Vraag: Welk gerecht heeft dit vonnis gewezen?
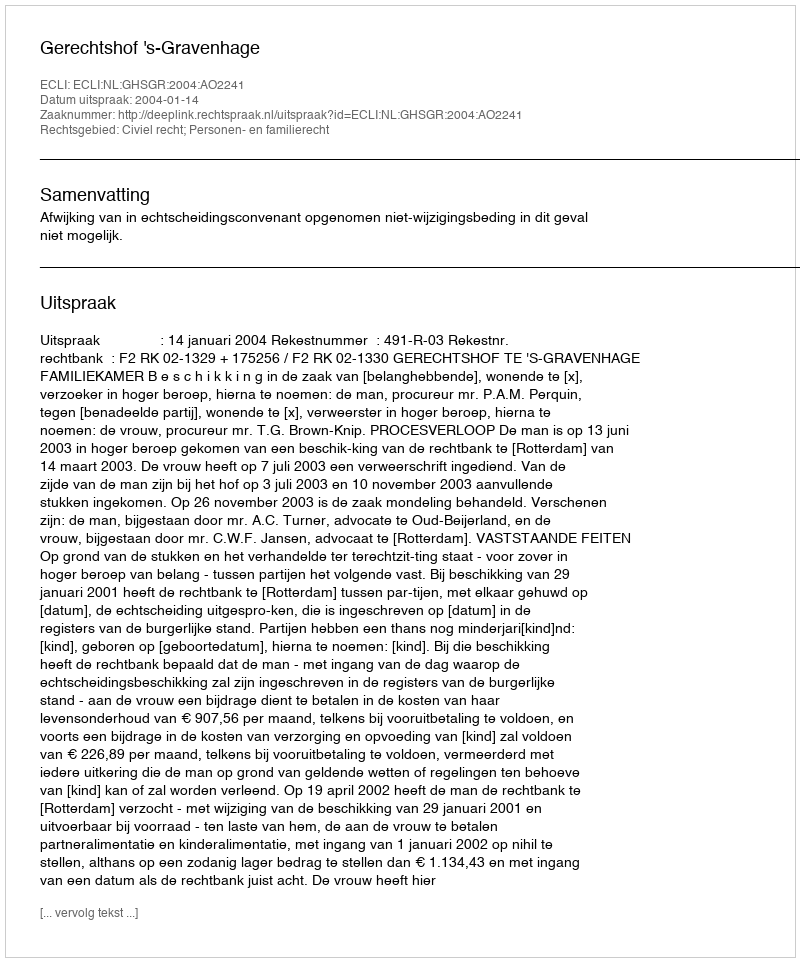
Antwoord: Gerechtshof 's-Gravenhage